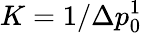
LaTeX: K=1/\Delta p_{0}^{1}